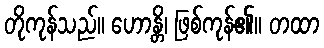
တိုကုန်သည်။ ဟောန္တိ၊ ဖြစ်ကုန်၏။ တထာ